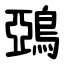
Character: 鵶